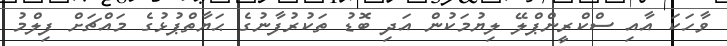
ވާހަކަ އާއި ސްކްރީންޕްލޭ ލިޔުމަކުން އަދި ބޮޑު ތަކުރުފާނުގެ ޙަޔާތްޕުޅުގެ މައްޗަށް ފިލްމު